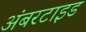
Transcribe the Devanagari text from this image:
अंबरटाइड